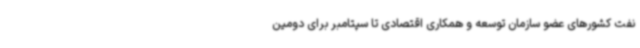
نفت کشورهای عضو سازمان توسعه و همکاری اقتصادی تا سپتامبر برای دومین